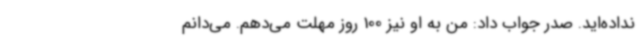
نداده‌اید. صدر جواب داد: من به او نیز 100 روز مهلت می‌دهم. می‌دانم